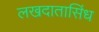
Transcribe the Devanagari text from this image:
लखदातासिंध